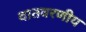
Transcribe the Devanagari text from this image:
वातवरणीय